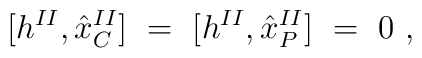
\lbrack h^{II},{\hat{x}}_{C}^{II}]\ =\ [h^{II},{\hat{x}}_{P}^{II}]\ =\ 0\ ,